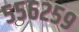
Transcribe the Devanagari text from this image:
५५६२५९